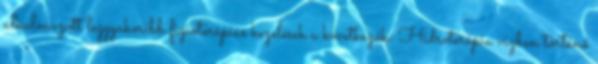
alkalmazott leggyakoribb fizioterápiás kezelések a következők: Hidroterápia vízben történő